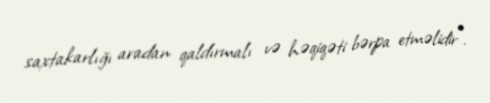
saxtakarlığı aradan qaldırmalı və həqiqəti bərpa etməlidir”.